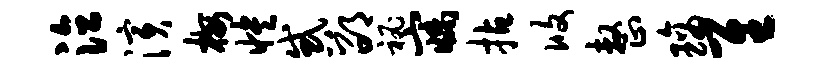
泣演梅怏惑邵秘寐拈攸整璃隹